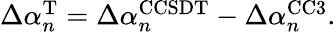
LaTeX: \begin{array}{r}{\Delta\alpha_{n}^{\mathrm{T}}=\Delta\alpha_{n}^{\mathrm{CCSDT}}-\Delta\alpha_{n}^{\mathrm{CC3}}.}\end{array}